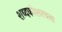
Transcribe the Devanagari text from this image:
शब्दकोशरचना